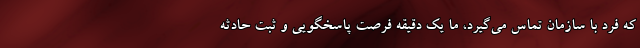
که فرد با سازمان تماس می‌گیرد، ما یک دقیقه فرصت پاسخگویی و ثبت حادثه